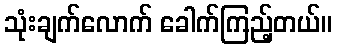
သုံးချက်လောက် ခေါက်ကြည့်တယ်။